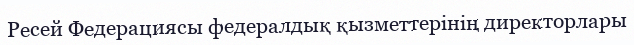
Ресей Федерациясы федералдық қызметтерінің директорлары